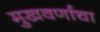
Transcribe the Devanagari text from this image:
मुखवर्णाचा